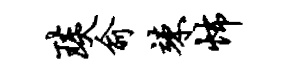
琰俞竦怖